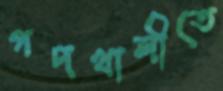
গদখালীতে